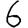
Digit: 6